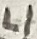
Text: L1